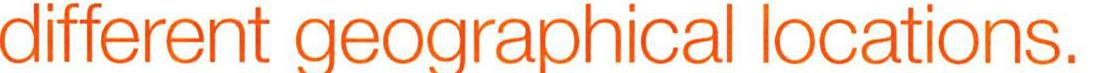
different geographical locations.